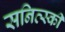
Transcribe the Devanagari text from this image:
सनित्स्की